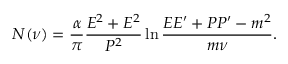
N ( \nu ) = \frac { \alpha } { \pi } \frac { E ^ { 2 } + E ^ { 2 } } { P ^ { 2 } } \ln \frac { E E ^ { \prime } + P P ^ { \prime } - m ^ { 2 } } { m \nu } .